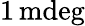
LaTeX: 1\, \textrm{mdeg}